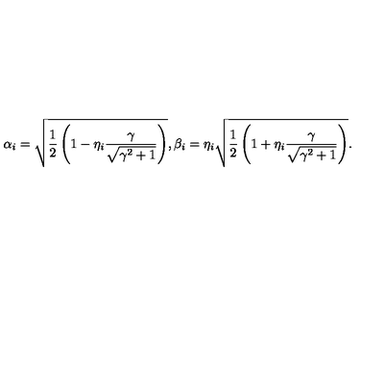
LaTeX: \alpha _ { i } = \sqrt { \frac { 1 } { 2 } \left( 1 - \eta _ { i } \frac { \gamma } { \sqrt { \gamma ^ { 2 } + 1 } } \right) } , \beta _ { i } = \eta _ { i } \sqrt { \frac { 1 } { 2 } \left( 1 + \eta _ { i } \frac { \gamma } { \sqrt { \gamma ^ { 2 } + 1 } } \right) } .